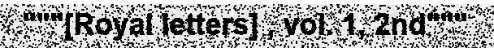
"""[Royal letters] , vol. 1, 2nd"""